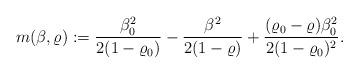
LaTeX: \begin{align*} m ( \beta, \varrho ):= \frac{\beta_0^2}{2(1-\varrho_0)} - \frac{\beta^2}{2(1-\varrho)} + \frac{(\varrho_0-\varrho)\beta_0^2}{2(1-\varrho_0)^2} . \end{align*}